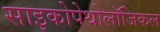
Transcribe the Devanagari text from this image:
साइकोपेथोलॉजिकल